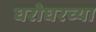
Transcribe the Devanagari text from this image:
घरोघरच्या